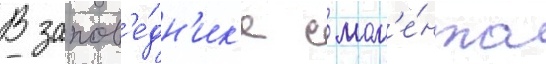
В запов'е́дн'ик'е с мом'е́нта